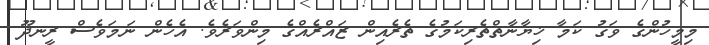
މިމީހުންގެ ވަގު ކަމާ ޚިޔާނާތްތެރިކަމުގެ ތެރެއިން ޒައްރެއްގެ މިންވަރެވެ. އެހެން ނަމަވެސް ރީނދޫ